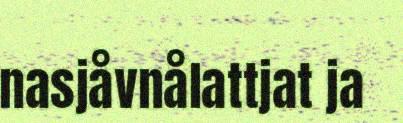
nasjåvnålattjat ja